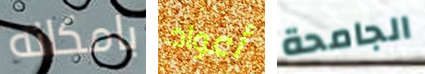
بامكانه أعواد الجامحة